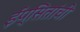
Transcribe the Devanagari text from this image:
ईप्सितांची